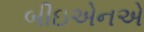
બીઇએનએ